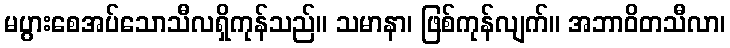
မပွားစေအပ်သောသီလရှိကုန်သည်။ သမာနာ၊ ဖြစ်ကုန်လျက်။ အဘာဝိတသီလာ၊